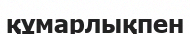
құмарлықпен